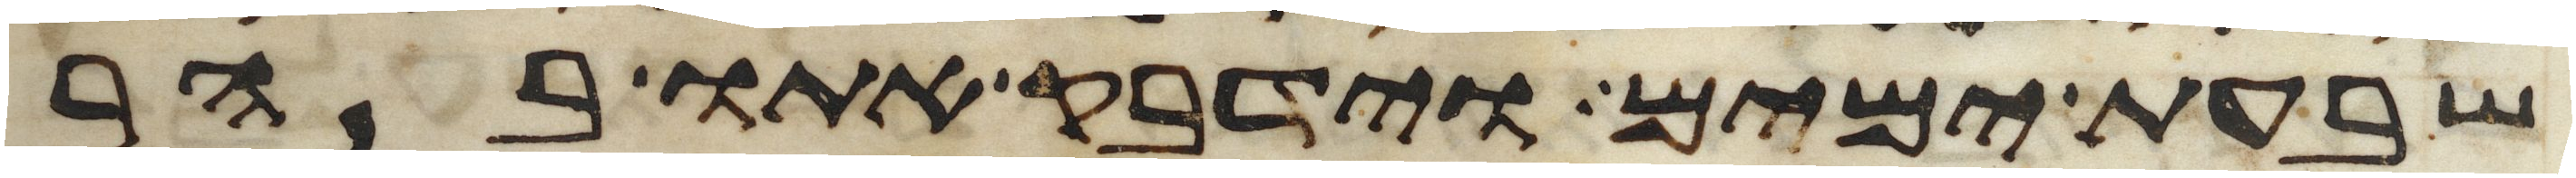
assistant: שבעת ימים וידבק אתו בהר